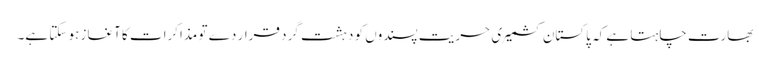
بھارت چاہتا ہے کہ پاکستان کشمیری حریت پسندوں کو دہشت گرد قرار دے تو مذاکرات کا آغاز ہو سکتا ہے۔